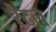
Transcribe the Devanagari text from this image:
रेटल